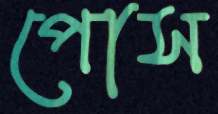
পোস